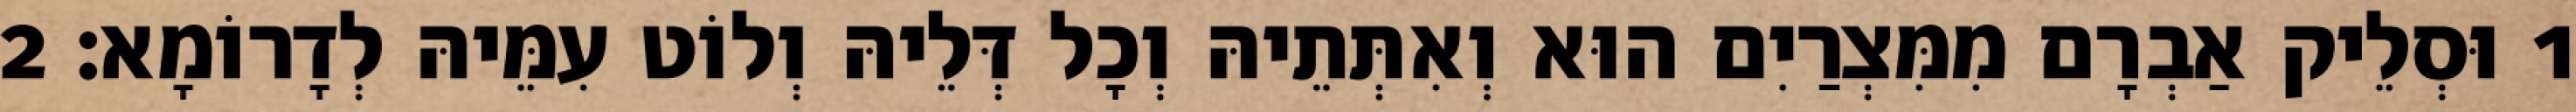
1 וּסְלֵיק אַבְרָם מִמִּצְרַיִם הוּא וְאִתְּתֵיהּ וְכָל דְּלֵיהּ וְלוֹט עִמֵּיהּ לְדָרוֹמָא׃ 2